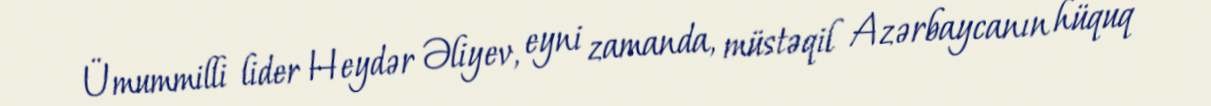
Ümummilli lider Heydər Əliyev, eyni zamanda, müstəqil Azərbaycanın hüquq